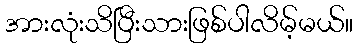
အားလုံးသိပြီးသားဖြစ်ပါလိမ့်မယ်။